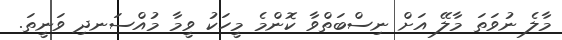
މާލެ ނުވަތަ މާލޭ އަށް ނިސްބަތްވާ ކޮންމެ މީހަކު ވީމާ މުއްސަނދި ވަނީތަ.